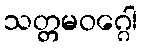
သတ္တမဝဂ္ဂေါ